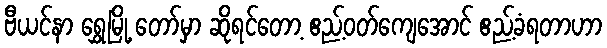
ဗီယင်နာ ရွှေမြို့ တော်မှာ ဆိုရင်တော့ ဧည့်ဝတ်ကျေအောင် ဧည့်ခံရတာဟာ